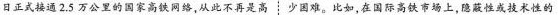
日正式接通2.5万公里的国家高铁网络，从此不再是高 少困难。比如，在国际高铁市场上，隐蔽性或技术性的